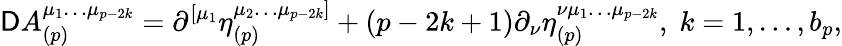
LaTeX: \mathsf{D}A_{(p)}^{\mu_{1}\ldots\mu_{p-2k}}=\partial^{\left[\mu_{1}\right.}\eta_{(p)}^{\left.\mu_{2}\ldots\mu_{p-2k}\right]}+\left(p-2k+1\right)\partial_{\nu}\eta_{(p)}^{\nu\mu_{1}\ldots\mu_{p-2k}},\; k=1,\ldots,b_{p},